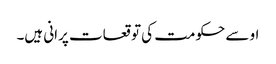
او سے حکومت کی توقعات پرانی ہیں۔